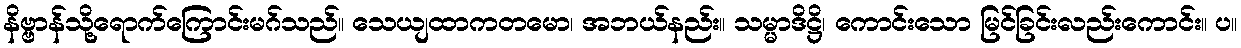
နိဗ္ဗာန်သို့ရောက်ကြောင်းမဂ်သည်။ သေယျထာကတမော၊ အဘယ်နည်း။ သမ္မာဒိဋ္ဌိ၊ ကောင်းသော မြင်ခြင်းလည်းကောင်း။ ပ။